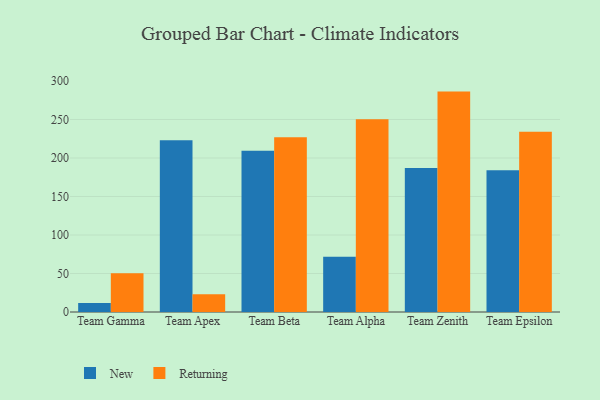
{"axis": {"x": "Team", "y": "Budget (USD K)"}, "legend": ["New", "Returning"], "data": [{"x": "Team Gamma", "y": 11.8, "type": "New"}, {"x": "Team Gamma", "y": 50.3, "type": "Returning"}, {"x": "Team Apex", "y": 223.0, "type": "New"}, {"x": "Team Apex", "y": 22.9, "type": "Returning"}, {"x": "Team Beta", "y": 209.4, "type": "New"}, {"x": "Team Beta", "y": 226.9, "type": "Returning"}, {"x": "Team Alpha", "y": 71.6, "type": "New"}, {"x": "Team Alpha", "y": 250.2, "type": "Returning"}, {"x": "Team Zenith", "y": 187.1, "type": "New"}, {"x": "Team Zenith", "y": 286.2, "type": "Returning"}, {"x": "Team Epsilon", "y": 184.1, "type": "New"}, {"x": "Team Epsilon", "y": 234.0, "type": "Returning"}]}